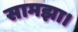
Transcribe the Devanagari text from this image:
सामझा।